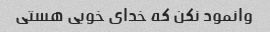
وانمود نکن که خدای خوبی هستی